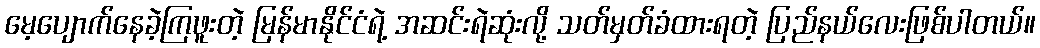
မေ့ပျောက်နေခဲ့ကြဖူးတဲ့ မြန်မာနိုင်ငံရဲ့ အဆင်းရဲဆုံးလို့ သတ်မှတ်ခံထားရတဲ့ ပြည်နယ်လေးဖြစ်ပါတယ်။